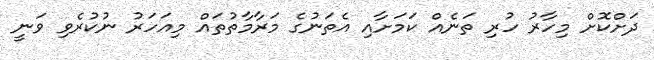
ދަށްކޮށް މިހާރު ހުރި ތަނެއް ކަމަށާއި އެތަނުގެ މަރާމާތުތައް މިއަހަރު ނުކުރެވި ވަނީ